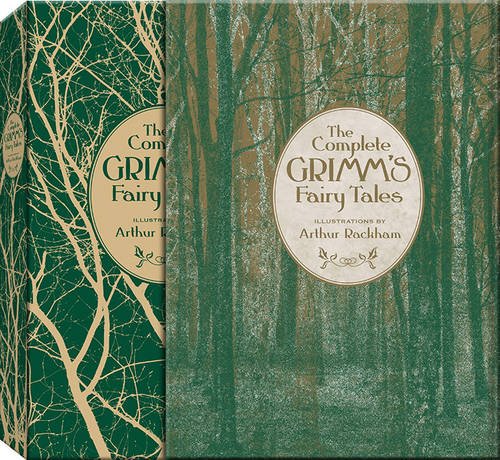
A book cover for The Complete Grimm's Fairy Tales (Knickerbocker Classics); Jacob Grimm; Literature & Fiction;